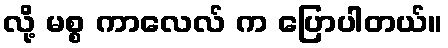
လို့ မစ္စ ကာလေလ် က ပြောပါတယ်။